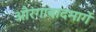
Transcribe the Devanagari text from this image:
औरंगाबादमार्गे